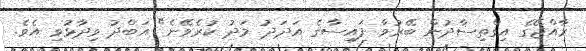
ރާއްޖޭގެ އިގްތިސާދުން ބޭރުވާ ފައިސާގެ އަދަދު މަދު ކުރެވޭނެ" އަބްދު ވިދާޅުވި އެވެ.